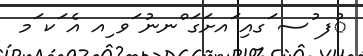
ުފ ުސ ަގއި ައށަގަ ްނނު ަވ ިއ އެ ަކ ަމ